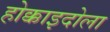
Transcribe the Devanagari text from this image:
होक्काइदोला